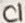
Text: C1